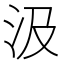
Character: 汲